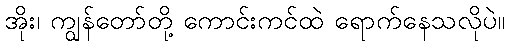
အိုး၊ ကျွန်တော်တို့ ကောင်းကင်ထဲ ရောက်နေသလိုပဲ။